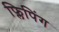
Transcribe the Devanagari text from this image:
फ्लिपिंग